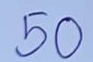
50